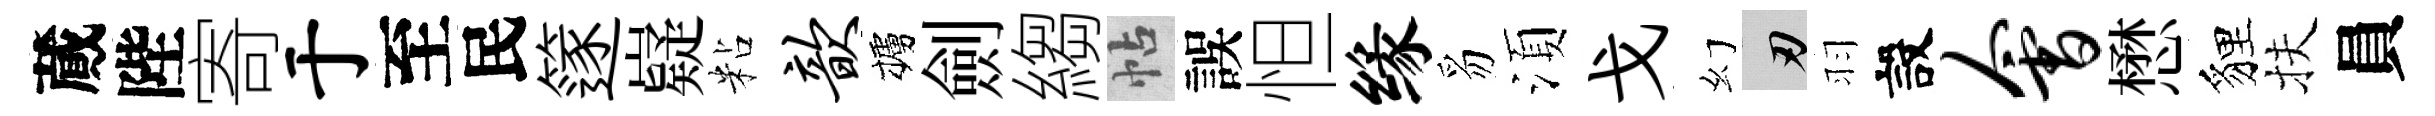
蕆陛寄于至民篴嶷粘歆櫨劍縐帖誤怛缘豸湏戈幻刃羽設会懋貍扶員